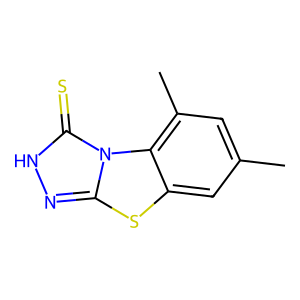
SMILES: Cc1cc(C)c2c(c1)sc1n[nH]c(=S)n12
Inhibits HIV replication: No